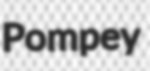
Pompey